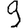
Digit: 9